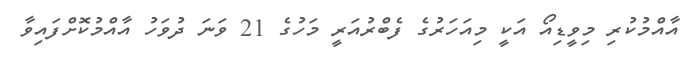
އާއްމުކުރި މިވީޑިއޯ އަކީ މިއަހަރުގެ ފެބްރުއަރީ މަހުގެ 21 ވަނަ ދުވަހު އާއްމުކޮށްފައިވާ